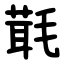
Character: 㲨